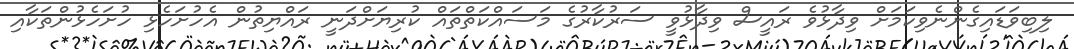
ލިބިވަޑައިގެންނެވިކަމަށް ވިދާޅުވެ ރައީސް ވިދާޅުވީ ސަރުކާރުގެ މަސައްކަތްތައް ކުރިޔަށްދަނީ ރައްޔިތުން އެހުށަހެޅި ހުށަހެޅުންތަކާއި